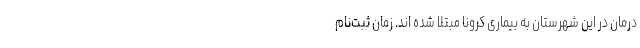
درمان در این شهرستان به بیماری کرونا مبتلا شده اند. زمان ثبت‌نام